Report on vaccination in Madras 1922-1929 - 1922-1929
Year: 1922
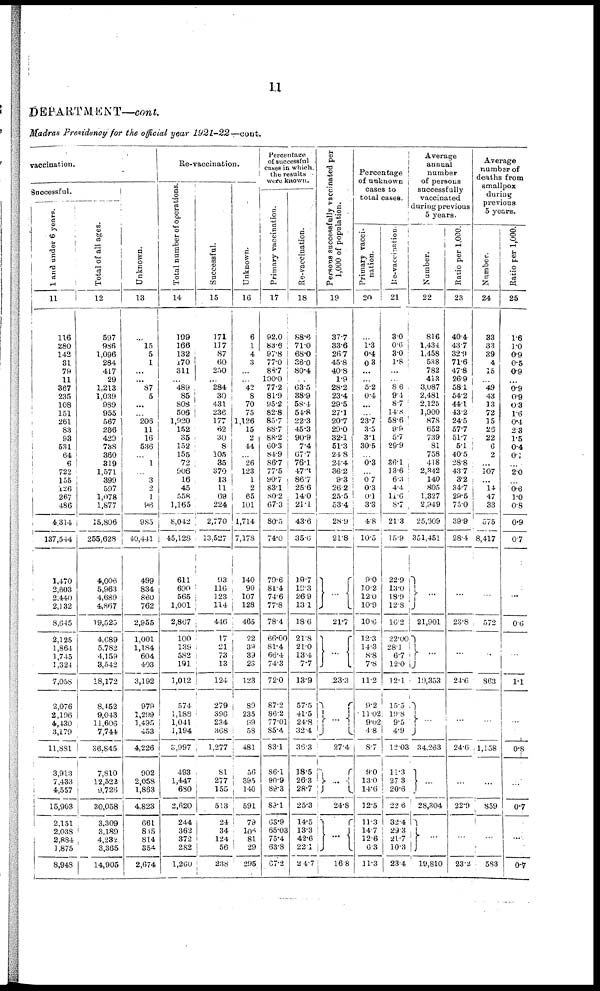
11
DEPARTMENT—cont.
Madras Presidency for the official year 1921-22—cont.
vaccination.
Successful.
1 and under 6 years.
11
116
280
142
31
79
11
367
235
108
151
261
83
93
531
64
6
722
155
126
267
486
4,314
137,544
1,470
2,603
2,440
2,132
8,645
2,125
1,864
1,745
1,324
7,058
2,076
2,196
4,430
3,179
11,881
3,913
7,433
4,557
15,903
2,151
2,038
2,884
1,875
8,948
Total of all ages.
12
597
986
1,096
284
417
29
1,213
1,039
989
955
567
266
420
738
360
319
1,571
399
597
1,078
1,877
15,806
255,628
4,006
5,963
4,689
4,867
19,525
4,689
5,782
4,159
3,542
18,172
8,452
9,043
11,606
7,744
36,845
7,810
12,522
9,726
30,058
3,309
3,189
4,232
3,365
14,905
Unknown.
13
...
15
5
1
...
...
87
5
...
...
206
11
16
536
...
1
...
3
2
1
96
985
40,441
499
834
860
762
2,955
1,001
1,184
604
403
3,192
979
1,299
1,495
453
4,226
902
2,058
1,863
4,823
661
815
814
354
2,674
Re-vaccination.
Total number of operations.
14
199
166
132
170
311
...
489
85
808
506
1,920
152
35
152
155
72
906
16
45
558
1,165
8,042
45,123
611
690
565
1,001
2,867
100
139
582
191
1,012
574
1,188
1,041
1,194
3,997
493
1,447
680
2,620
244
362
372
282
1,260
Successful.
15
171
117
87
60
250
... 284
30
431
236
177
62
30
8
105
35
370
13
11
69
224
2,770
13,527
93
116
123
114
446
17
21
73
13
124
279
396
234
368
1,277
81
277
155
513
24
34
124
56
238
Unknown.
16
6
1
4
3
...
...
42
8
70
75
1,126
15
2
44
...
26
123
1
2
65
101
1,714
7,178
140
90
107
128
465
22
39
39
23
123
89
235
99
58
481
56
395
140
591
79
100
81
29
295
Percentage
of successful
cases in which
the results
were known.
Primary vaccination.
17
92.0
83.6
97·8
77.0
88.7
100.0
77.2
81.9
95.2
82.8
85.7
88.7
88.2
60.3
84.9
86.7
77.5
90·7
83.1
80·2
67·3
80.5
74.0
79.6
81.4
74.6
77.8
78.4
66·00
81.4
66.4
74.3
72.0
87.2
86.2
77.01
85.4
83.1
86.1
90.9
89·3
80·1
63·9
65.03
75.4
63.8
67.2
Re-vaccination.
18
88.6
71.0
68.0
36·0
80.4
...
63.5
38.9
58.4
54.8
22.3
45.3
90.9
7.4
67.7
76.1
47.3
86.7
25.6
14.0
21·l
43.6
35.0
19.7
10.3
26.9
13.1
18.6
21.8
21.0
13.4
7.7
13.9
57.5
41.5
24.8
32.4
36.3
18.5
26.3
28.7
25.3
14.5
13.3
42.6
22.1
24.7
Persons successfully vaccinated per
1,000 of population.
19
37.7
33.6
26.7
45.8
40.8
1.9
28.2
23.4
29.5
27.1
20.7
29.0
32.1
51.3
24.8
24.4
36.2
9.3
26.2
25.5
53.4
28.9
21.8
...
21.7
...
23.3
...
27.4
...
24.8
...
16.8
Percentage
of unknown
cases to
total cases.
Primary vacci-
nation.
20
...
1·3
0.4
0.3
...
... 5.2
0.4
...
...
23.7
3.5
3.1
30.5
...
0·3
...
0.7 0.3
0.1
3.3
4.8
10.5
9.0
10.2
12.0
10.9
10.6
12.3
14.3
8.8
7·8
11.2
9.2
11.02
9.02
4.8
8.7
9.0
13.0
14·6
12.5
11.3
14.7
12.6
6.3
11·3
Re-vaccination.
21
30
0.6
3.0
1.8
...
...
8.6
9.4
8.7
14.8
58.6
9.9
5.7
29.9
...
36.1
13.6
6.3
4.4
11·6
8·7
21.3
15.9
22.9
13.0
18.9
12.8
16.2
22.00
28.1
6.7
12.0
12.1
15.5
19.8
9.5
4.9
12.03
11.3
27.3
20.6
22.6
32.4
29.3
21.7
10.3
23.4
Average
annual
number
of persons
successfully
vaccinated
during previous
5 years.
Number.
22
816
1,434
1,458
538
782
413
3,087
2,481
2,125
1,900
878
652
739
81
758
418
2,342
140
805
1,327
2,949
25,609
351,451
...
21,901
...
19,353
...
34,263
...
28,304
...
19,810
Ratio per 1,000.
23
40.4
43.7
32.9
71.6
47.8
26.9
58.1
54.2
44.1
43.2
24.5
57.7
51.7
5.1
40.5
28.8
43.7
3.2
34.7
29·5
75.0
39.9
28.4
...
23.8
...
24.6
...
24.6
...
22.9
...
23.2
Average
number of
deaths from
smallpox
during
previous
5 years.
Number.
24
33
33
39
4
15
...
49
43
13
72
15
26
22
6
2
...
107
...
14
47
33
575
8,417
...
572
...
863
...
1,158
...
859
...
583
Ratio per 1,000.
25
1.6
1·0
0.9
0.5
0.9
...
0.9
0.9
0.3
1.6
0·4
2.3
1.5
0.4
0.1
...
2.0
...
0.6
1.0
0.8
0.9
0.7
...
0.6
...
1.1
...
0.8
...
0·7
...
0.7